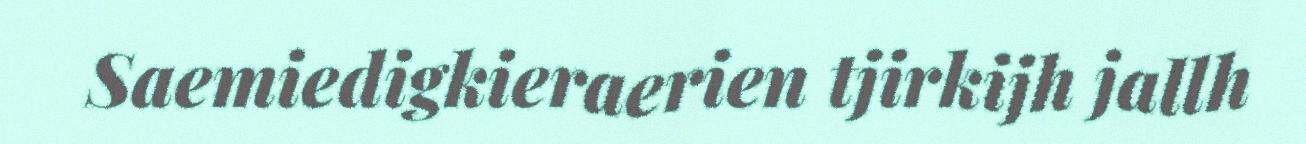
Saemiedigkieraerien tjirkijh jallh